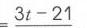
$=\frac{3t - 21}{}$